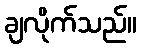
ချလိုက်သည်။